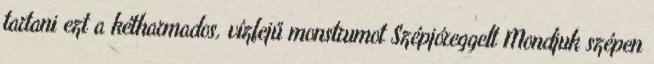
tartani ezt a kétharmados, vízfejű monstrumot Szépjóreggelt Mondjuk szépen